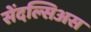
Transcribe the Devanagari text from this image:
सेंदल्सिअस